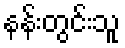
နန်းတွင်းသူ